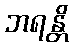
ဘရန္တိ